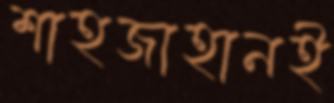
শাহজাহানই